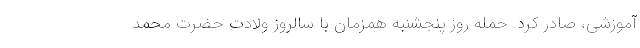
آموزشی، صادر کرد. حمله روز پنجشنبه همزمان با سالروز ولادت حضرت محمد